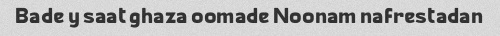
Bade y saat ghaza oomade Noonam nafrestadan